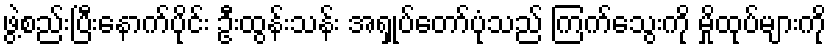
ဖွဲ့စည်းပြီးနောက်ပိုင်း ဦးထွန်းသန်း အရှုပ်တော်ပုံသည် ကြက်သွေးကို မှိုထုပ်များကို